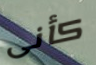
كأنى